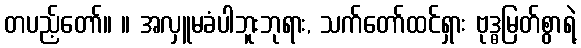
တပည့်တော်။ ။ အလှူမခံပါဘူးဘုရား, သက်တော်ထင်ရှား ဗုဒ္ဓမြတ်စွာရဲ့